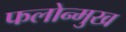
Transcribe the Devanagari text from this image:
फलोन्मुख